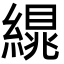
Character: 繉